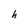
Character: h